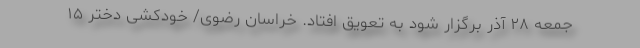
جمعه ۲۸ آذر برگزار شود به تعویق افتاد. خراسان رضوی/ خودکشی دختر ۱۵